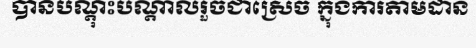
បានបណ្តុះបណ្តាលរួចជាស្រេច ក្នុងការតាមដាន